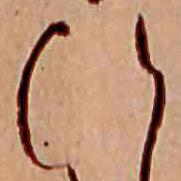
ひ